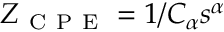
Z _ { \mathrm { ~ C ~ P ~ E ~ } } = { 1 } / { C _ { \alpha } s ^ { \alpha } }